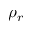
\rho _ { r }